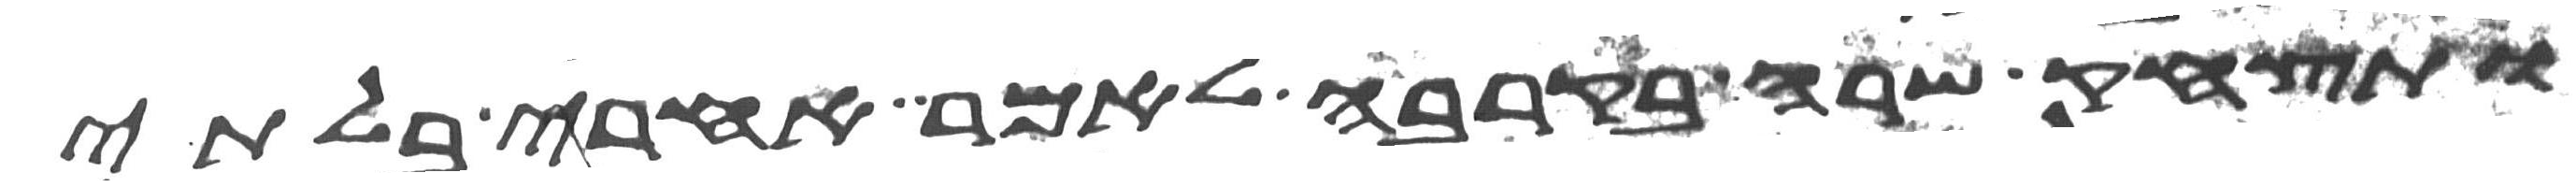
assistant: ותצחק שרה בקרבה לאמר אחרי בלתי